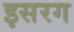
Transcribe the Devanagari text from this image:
इसरग